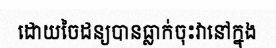
ដោយចៃដន្យបានធ្លាក់ចុះវានៅក្នុង